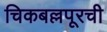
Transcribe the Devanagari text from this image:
चिकबल्लपूरची